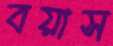
বয়াস